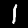
Digit: 1